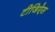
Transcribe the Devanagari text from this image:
टीजिऐस